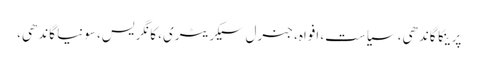
پرینکا گاندھی، سیاست، افواہ، جنرل سیکریٹری، کانگریس، سونیا گاندھی،